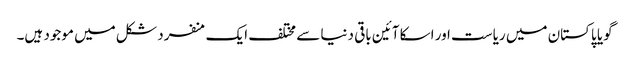
گویا پاکستان میں ریاست اور اسکا آئین باقی دنیا سے مختلف ایک منفرد شکل میں موجود ہیں۔